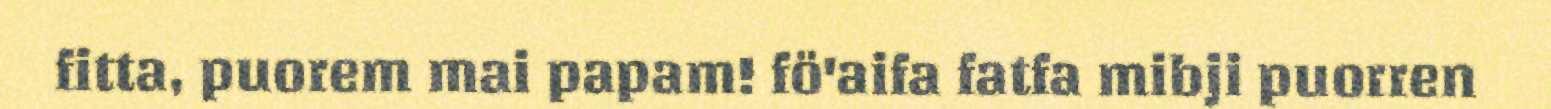
fitta, puorem mai papam! fö'aifa fatfa mibji puorren